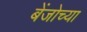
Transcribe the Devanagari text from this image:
बेंजोच्या